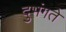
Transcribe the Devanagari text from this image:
दुभंगते